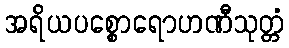
အရိယပစ္စောရောဟဏီသုတ္တံ